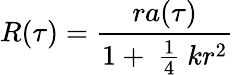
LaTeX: R(\tau)=\frac{ra(\tau)}{1+\mathrm{~\frac{1}{4}~}kr^{2}}